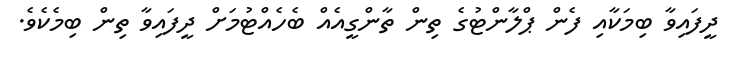
ދީފައިވާ ބިމަކާއި ފެން ޕްލާންޓުގެ ތިން ތާންގީއެއް ބެހެއްޓުމަށް ދީފައިވާ ތިން ބިމެކެވެ.